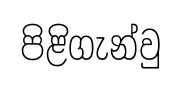
පිළිගැන්වු